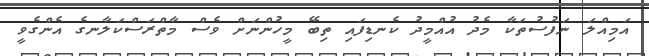
އަމިއްލަ ނަފުސުތަކާ މެދު އުއްމީދު ކެނޑިފައި ތިބޭ މީހުންނަށް ވެސް މާތްރަސްކަލާނގެ އެންގެވީ